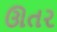
ઊતર